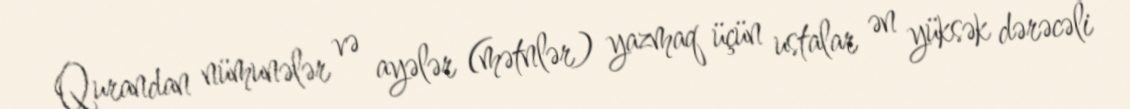
Qurandan nümunələr və ayələr (mətnlər) yazmaq üçün ustalar ən yüksək dərəcəli